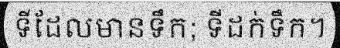
ទីដែលមានទឹក; ទីដក់ទឹក។